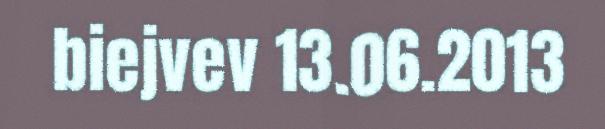
biejvev 13.06.2013